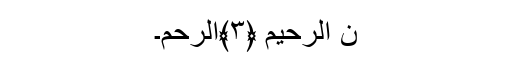
ٰنِ الرَّحِيمِ ﴿٣﴾الرَّحْمَ۔